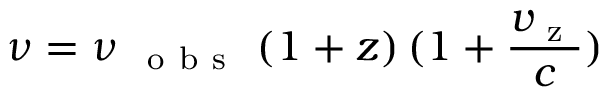
\nu = \nu _ { \mathrm { ~ { ~ o ~ b ~ s ~ } ~ } } ( 1 + z ) \, ( 1 + \frac { v _ { \mathrm { ~ z ~ } } } { c } )